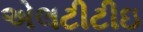
એલટીટીઇ